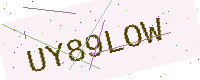
Text: UY89LOW